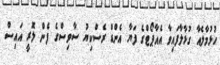
ހުޅުމާލެއާ ގުޅާލާފައިވާ އެއާޕޯޓްގެ ފަޔާ އެންޑް ރެސްކިޔު ސާވިސްގެ ފެން ލޮރީ އައިސް